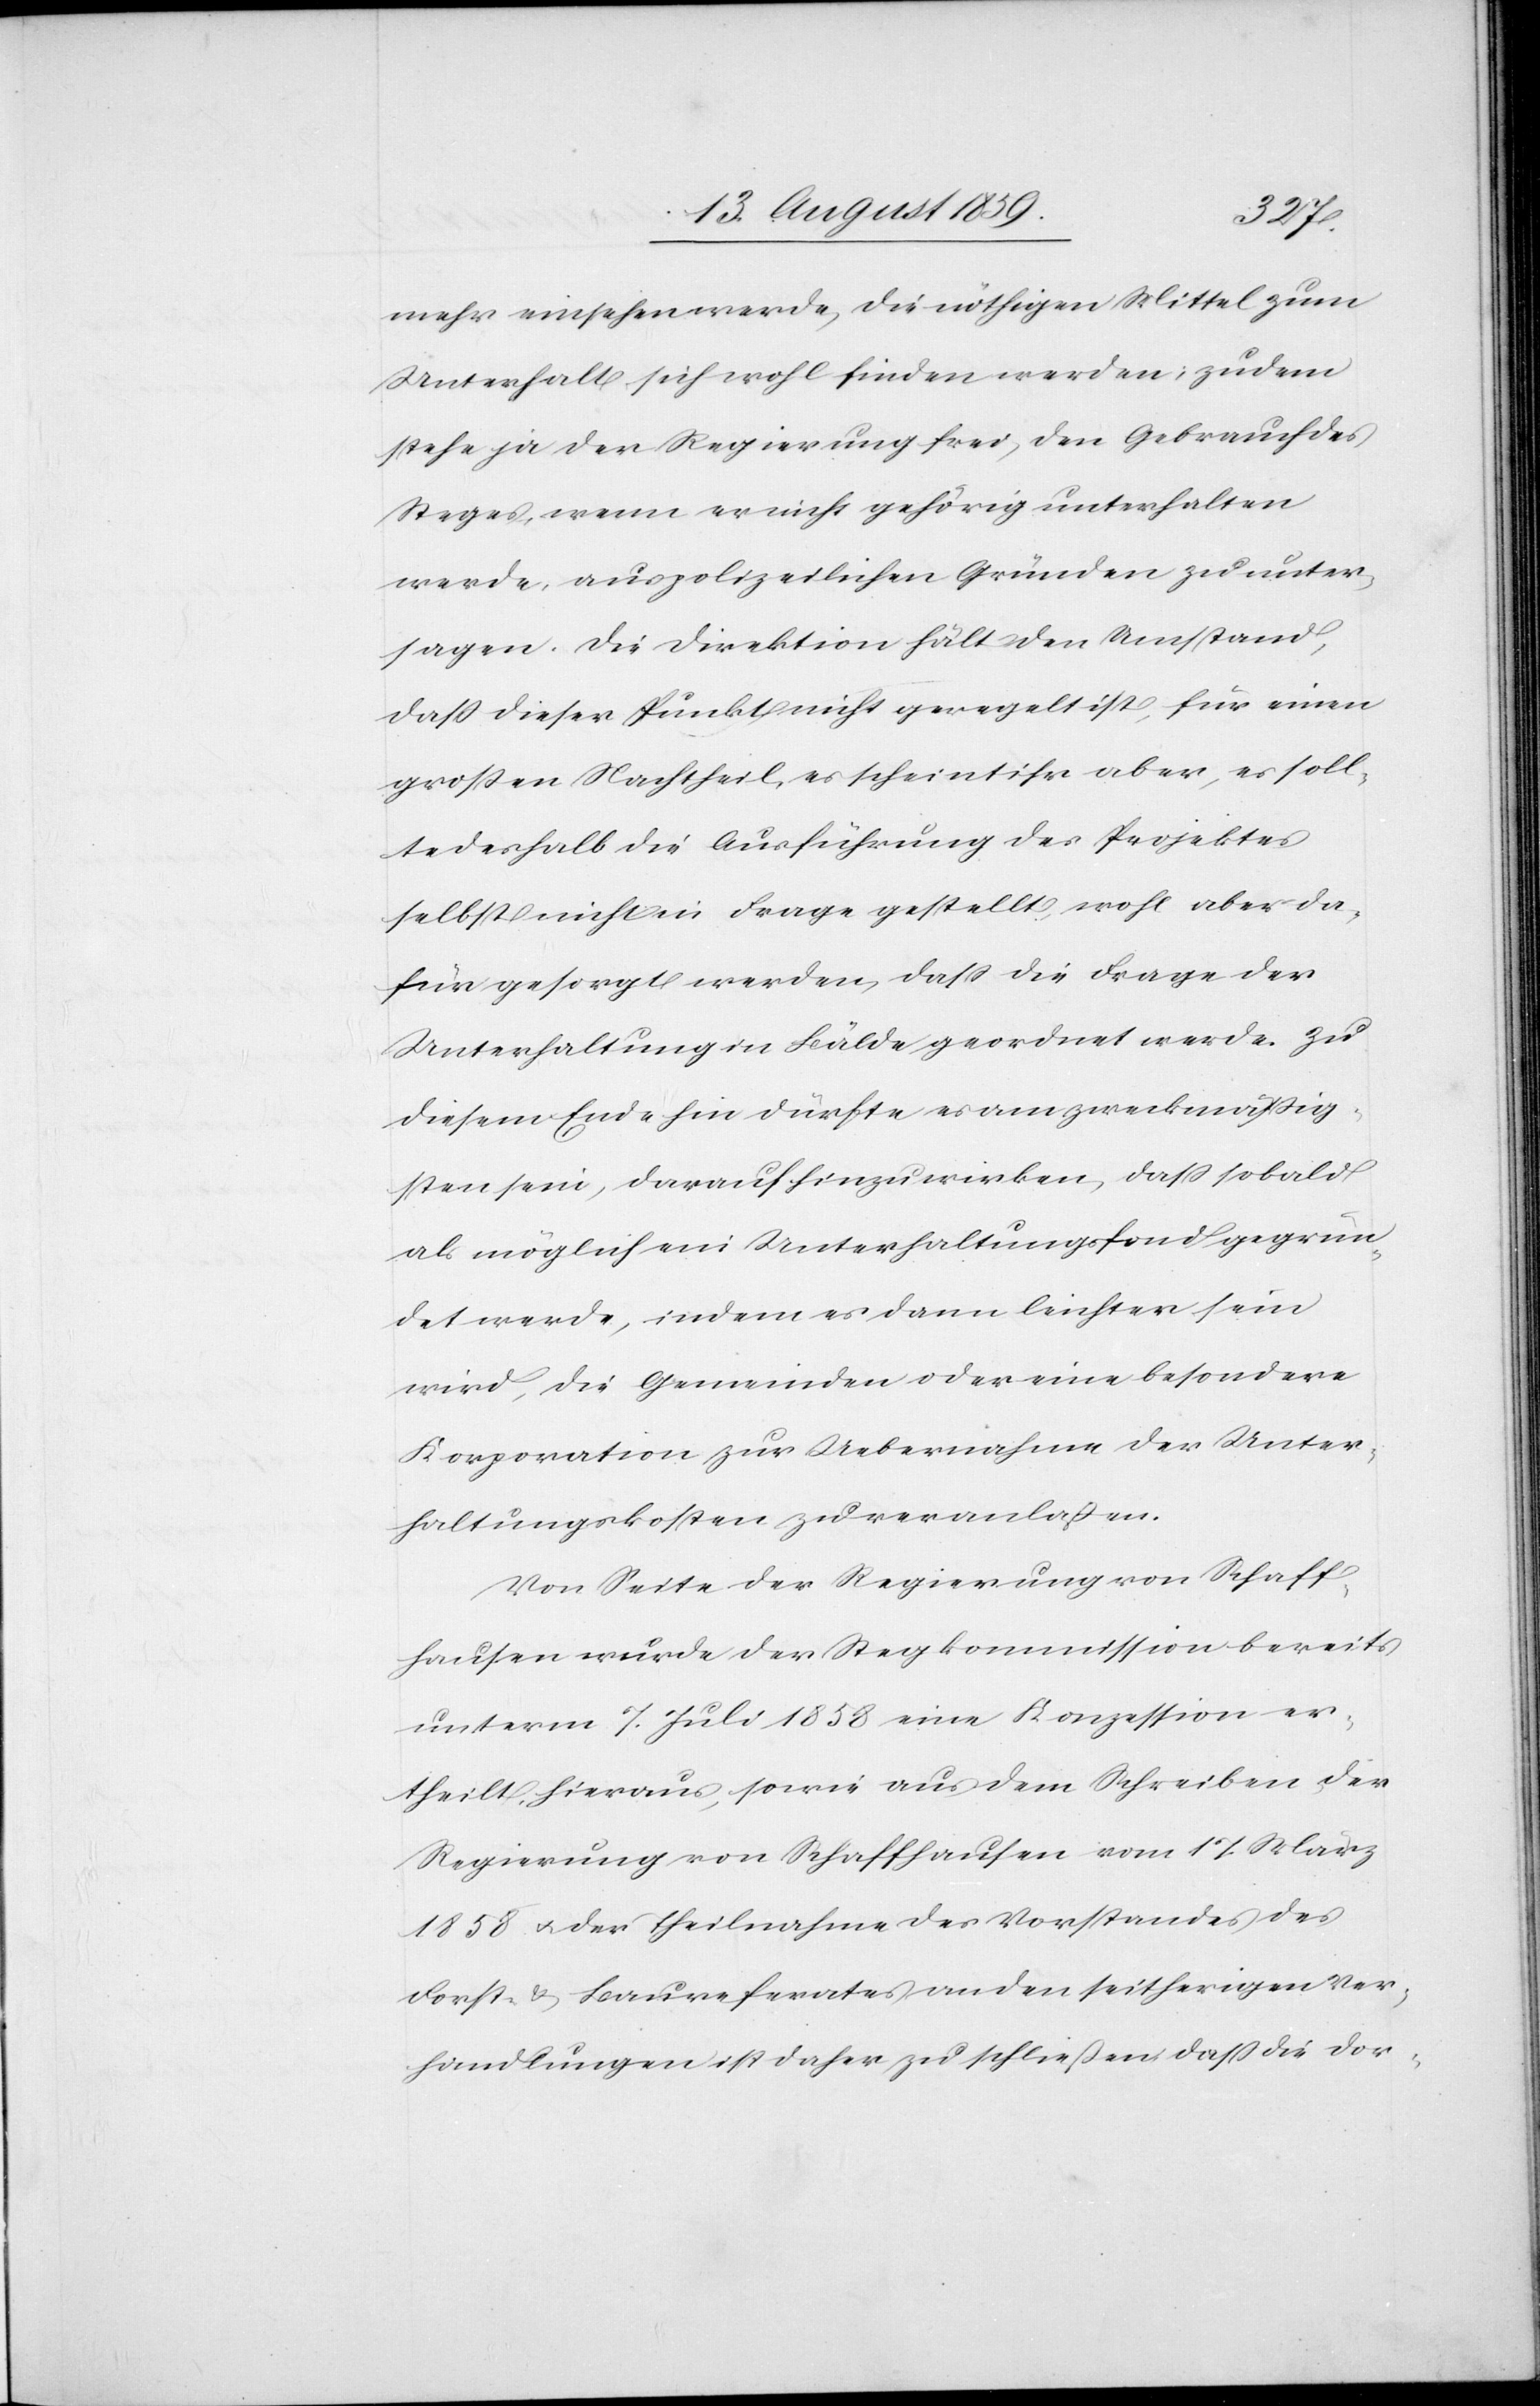
mehr einsehen werde, die nöthigen Mittel zum
Unterhalt sich wohl finden werden, zudem
stehe ja der Regierung frei, den Gebrauch des
Steges, wenn er nicht gehörig unterhalten
werde, aus politischen Gründen zu unter¬
sagen. Die Direktion hält den Umstand,
daß dieser Punkt nicht geregelt ist, für einen
großen Nachtheil, es scheint ihr aber, es soll¬
te deshalb die Ausführung des Projektes
selbst nicht in Frage gestellt wohl aber da¬
für gesorgt werden, daß die Frage der
Unterhaltung in Bälde geordnet werde. Zu
diesem Ende hin dürfte es am zweckmäßig¬
sten sein, darauf hinzuwirken, das sobald
als möglich ein Unterhaltungsfond gegrün¬
det werde, indem es dann leichter sein
wird, die Gemeinden oder eine besondere
Korporation zur Uebernahme der Unter¬
haltungskosten zu veranlaßen.
Von Seite der Regierung von Schaff¬
hausen wurde der Stegkommission bereits
unterm 7. Juli 1858 eine Konzession er¬
theilt, hieraus sowie aus dem Schreiben der
Regierung von Schaffhausen vom 17. März
1858 u. der Theilnahme des Vorstandes des
Forst- u. Baureferates an den seitherigen Ver¬
handlungen ist daher zu schließen daß die dor-